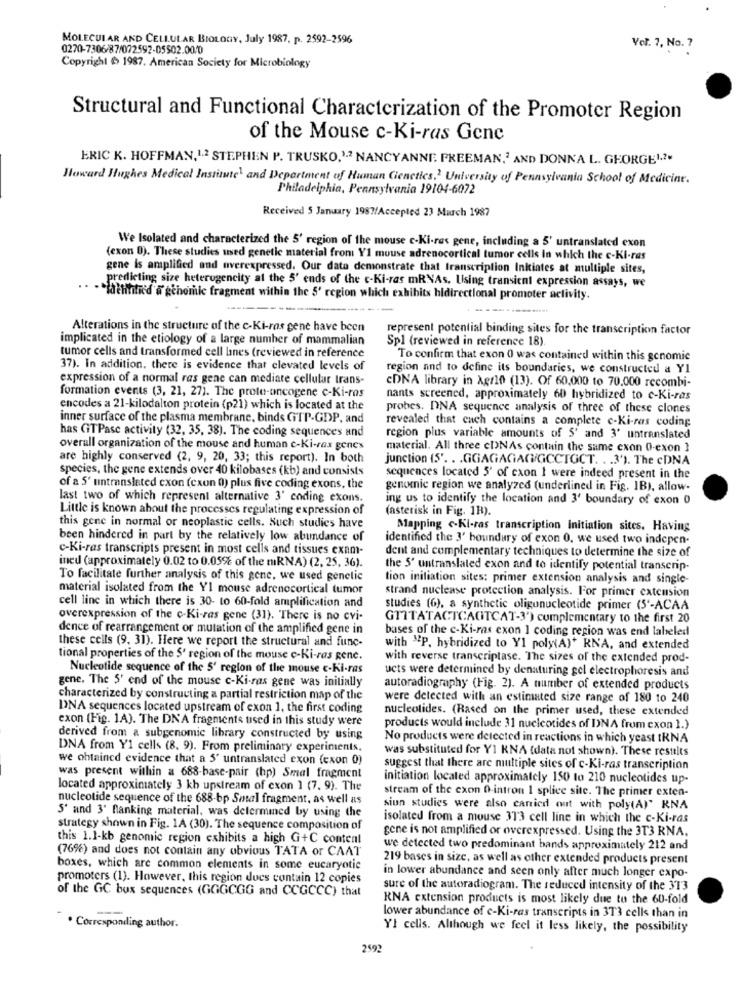
MOLECULAR AND CELLULAR BIOLOGY, July 1987. p. 2592-2596
0270-7306/87/072592-05502.00/0
Vor. ?, No. 7
Copyright &> 1987. American Society for Microbiology
Structural and Functional Characterization of the Promoter Region
of the Mouse c-Ki-ras Gene
ERIC K. HOFFMAN,1.2 STEPHEN P. TRUSKO,12 NANCYANNE FREEMAN,2 AND DONNA L. GEORGE1.2.
Howard Hughes Medical Institute1 and Department of Human Cienctics.2 University of Pennsylvania School of Medicine.
Philadelphia, Pennsylvania 19104-6072
Received 5 January 1987/Accepted 23 March 1987
We Isolated and characterized the 5' region of the mouse c-Ki-res gene, including a 5' untranslated exon
(exon 0). These studies used genetic material from Y1 mouse adrenocortical tumor cells in which the c-Ki-res
gene is amplified and overexpressed. Our data demonstrate that transcription Inkiates at multiple sites,
predicting size heterugencity at the 5' ends of the c-Ki-ras mRNAs. Using transient expression assays, we
"Hathititic'd & gchomie fragment within the 5' region which exhibits hidirectional promoter activity.
Alterations in the structure of the c-Ki-ras gene have been
represent potential binding sites for the transcription factor
implicated in the etiology of a large number of mammalian
Spl (reviewed in reference 18)
tumor cells and transformed cell lines (reviewed in reference
To confirm that exon 0 was contained within this genomic
37). In addition, there is evidence that elevated levels of
region and to define its boundaries, we constructed a YI
expression of a normal ras gene can mediate cellular trans-
cDNA library in Agr10 (13). Of 60,000 to 70.000 recombi-
formation events (3, 21, 27). The proto-oncogene c-Ki-ras
nants screened, approximately 60 hybridized to c-Ki-ras
encodes a 21-kilodalton protein (p21) which is located at the
probes. DNA sequence analysis of three of these clones
inner surface of the plasma membrane, binds GTP-GDP, and
revealed that cach contains a complete c-Ki-ras coding
has GTPase activity (32, 35, 38). The coding sequences and
region plus variable amounts of 5' and 3' untranslated
overall organization of the mouse and human c-Ki-ras genes
material. All three cDNAs contain the same exon O-exon }
are highly conserved (2, 9, 20, 33; this report). In both
junction (5'. . . GGAGAGAG/GCCTGCT. . . 3'). The cDNA
species, the gene extends over 40 kilobases (kb) and consists
sequences located 5' of cxon I were indeed present in the
of a 5' untranslated exon (exon 0) plus five coding exons, the
genomic region we analyzed (underlined in Fig. 1B), allow-
last two of which represent alternative 3' coding exons.
ing us to identify the location and 3' boundary of exon 0
Little is known about the processes regulating expression of
(asterisk in Fig. 1H).
this gene in normal or neoplastic cells. Such studies have
Mapping c-Kl-ras transcription Initiation sites. Having
been hindered in part by the relatively low abundance of
identified the 3' boundary of exon 0. we used two indepen.
c-Ki-ras transcripts present in most cells and tissues exam-
dent and complementary techniques to determine the size of
ined (approximately 0.02 to 0.05% of the miRNA) (2, 25, 36).
the 5' untranslated exon and to identify potential transcrip
To facilitate further analysis of this gene, we used genetic
tion initiation sites: primer extension analysis and single-
material isolated from the YI mouse adrenocortical tumor
strand nuclease protection analysis. For primer extension
cell line in which there is 30- to 60-fold amplification and
studies (6), a synthetic oligunucleotide primer (5'-ACAA
overexpression of the c-Ki-ras gene (31). There is no cvi-
GTITATACTCAGTCAT-3') complementary to the first 20
dence of rearrangement or mutation of the amplified gene in
bases of the c-Ki-ras exon 1 coding region was end labeled
these cells (9, 31). Here we report the structural and func-
with "P. hybridized to Y1 poly(A)* RNA, and extended
tional properties of the $' region of the mouse c-Ki-ras gene.
with reverse transcriptase. The sizes of the extended prod-
Nucleotide sequence of the 5' region of the mouse c-Ki-ras
ucts were determined by denaturing gel electrophoresis and
gene. The 5' end of the mouse c-Ki-ras gene was initially
autoradiography (Fig. 2). A number of extended products
characterized by constructing a partial restriction map of the
were detected with an estimated size range of 180 to 240
DNA sequences located upstream of exon 1, the first coding
nucleotides. (Rased on the primer used, these extended
exon (Fig. 1A). The DNA fragments used in this study were
products would include 31 nucleotides of DNA from exon 1.)
derived from a subgenomic library constructed by using
No products were detected in reactions in which yeast tRNA
DNA from Y1 cells (8. 9). From preliminary experiments,
was substituted for YI KNA (data not shown). These results
we obtained evidence that a 5' untranslated exon (exon 0)
suggest that there are multiple sites of c-Ki-ras transcription
was present within a 688-base-pair (hp) Smal fragment
initiation located approximately 150 to 210 nucleotides up-
located approximately 3 kb upstream of exon 1 (7. 9). The
stream of the exon O-intron 1 splice site. The primer exten-
nucleotide sequence of the 688-bp Smal fragment, as well as
siun studies were also carried out with poly(A)" KNA
5' and 3' flanking material, was determined by using the
isolated from a mouse 373 cell line in which the c-Ki-ras
strategy shown in Fig. 1A (30). The sequence composition of
gene is not amplified or overexpressed. Using the 3T3 RNA.
this 1.1-kb genomic region exhibits a high G+C content
(76%) and does not contain any obvious TATA or CAAT
we detected two predominant bands approximately 212 and
219 bases in size, as well as other extended products present
boxes, which are common elements in some eucaryotic
promoters (1). However, this region dues contain 12 copies
in lower abundance and seen only after much longer expo-
of the GC box sequences (GGGCGG and CCGCCC) that
sure of the autoradiogram. The reduced intensity of the 313
RNA extension products is most likely due to the 60-fold
lower abundance of e-Ki-ras transcripts in 3T'3 cells than in
. Corresponding author.
YI cells. Although we feel it less likely, the possibility
2492